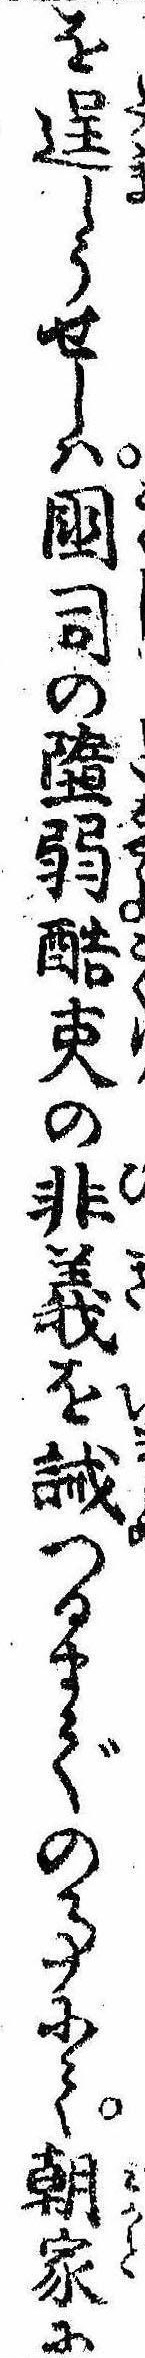
を逞しうせしは国司の堕弱酷吏の非義を誡つるまでの事にて朝家に